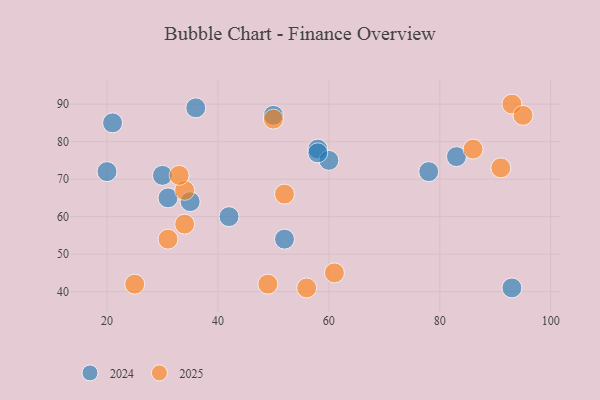
{"axis": {"x": "GDP", "y": "Life Expectancy"}, "legend": ["2024", "2025"], "data": [{"x": "31", "y": 65, "type": "2024"}, {"x": "30", "y": 71, "type": "2024"}, {"x": "83", "y": 76, "type": "2024"}, {"x": "58", "y": 78, "type": "2024"}, {"x": "20", "y": 72, "type": "2024"}, {"x": "60", "y": 75, "type": "2024"}, {"x": "36", "y": 89, "type": "2024"}, {"x": "21", "y": 85, "type": "2024"}, {"x": "35", "y": 64, "type": "2024"}, {"x": "52", "y": 54, "type": "2024"}, {"x": "93", "y": 41, "type": "2024"}, {"x": "78", "y": 72, "type": "2024"}, {"x": "42", "y": 60, "type": "2024"}, {"x": "50", "y": 87, "type": "2024"}, {"x": "58", "y": 77, "type": "2024"}, {"x": "31", "y": 54, "type": "2025"}, {"x": "49", "y": 42, "type": "2025"}, {"x": "93", "y": 90, "type": "2025"}, {"x": "95", "y": 87, "type": "2025"}, {"x": "56", "y": 41, "type": "2025"}, {"x": "34", "y": 67, "type": "2025"}, {"x": "25", "y": 42, "type": "2025"}, {"x": "50", "y": 86, "type": "2025"}, {"x": "61", "y": 45, "type": "2025"}, {"x": "91", "y": 73, "type": "2025"}, {"x": "34", "y": 58, "type": "2025"}, {"x": "52", "y": 66, "type": "2025"}, {"x": "33", "y": 71, "type": "2025"}, {"x": "86", "y": 78, "type": "2025"}]}